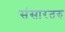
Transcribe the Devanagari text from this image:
संसारतरु